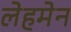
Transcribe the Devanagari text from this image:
लेहमेन